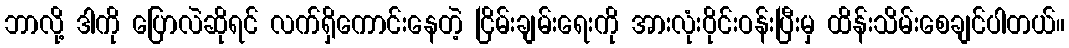
ဘာလို့ ဒါကို ပြောလဲဆိုရင် လက်ရှိကောင်းနေတဲ့ ငြိမ်းချမ်းရေးကို အားလုံးဝိုင်းဝန်းပြီးမှ ထိန်းသိမ်းစေချင်ပါတယ်။